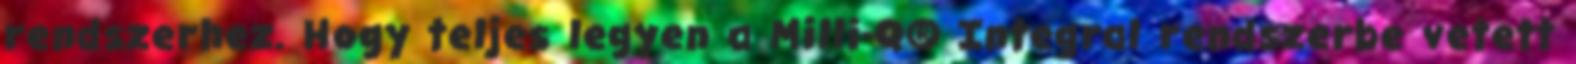
rendszerhez. Hogy teljes legyen a Milli-Q® Integral rendszerbe vetett